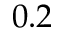
0 . 2